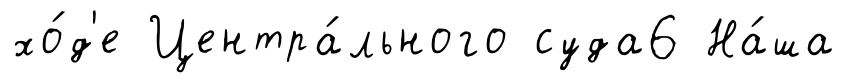
хо́д'е Центра́льного суда6 На́ша